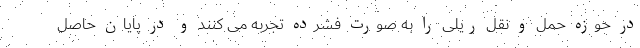
در حوزه حمل و نقل ریلی را به صورت فشرده تجربه می کنند و در پایان حاصل